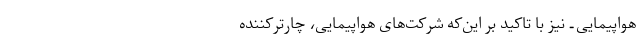
هواپیمایی ـ نیز با تاکید بر این‌که شرکت‌های هواپیمایی، چارترکننده